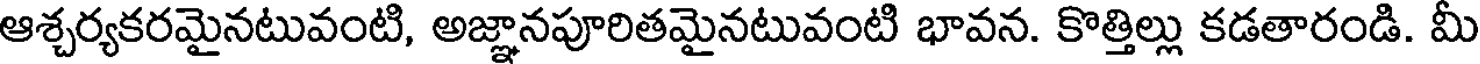
ఆశ్చర్యకరమైనటువంటి, అజ్ఞానపూరితమైనటువంటి భావన. కొత్తిల్లు కడతారండి. మీ